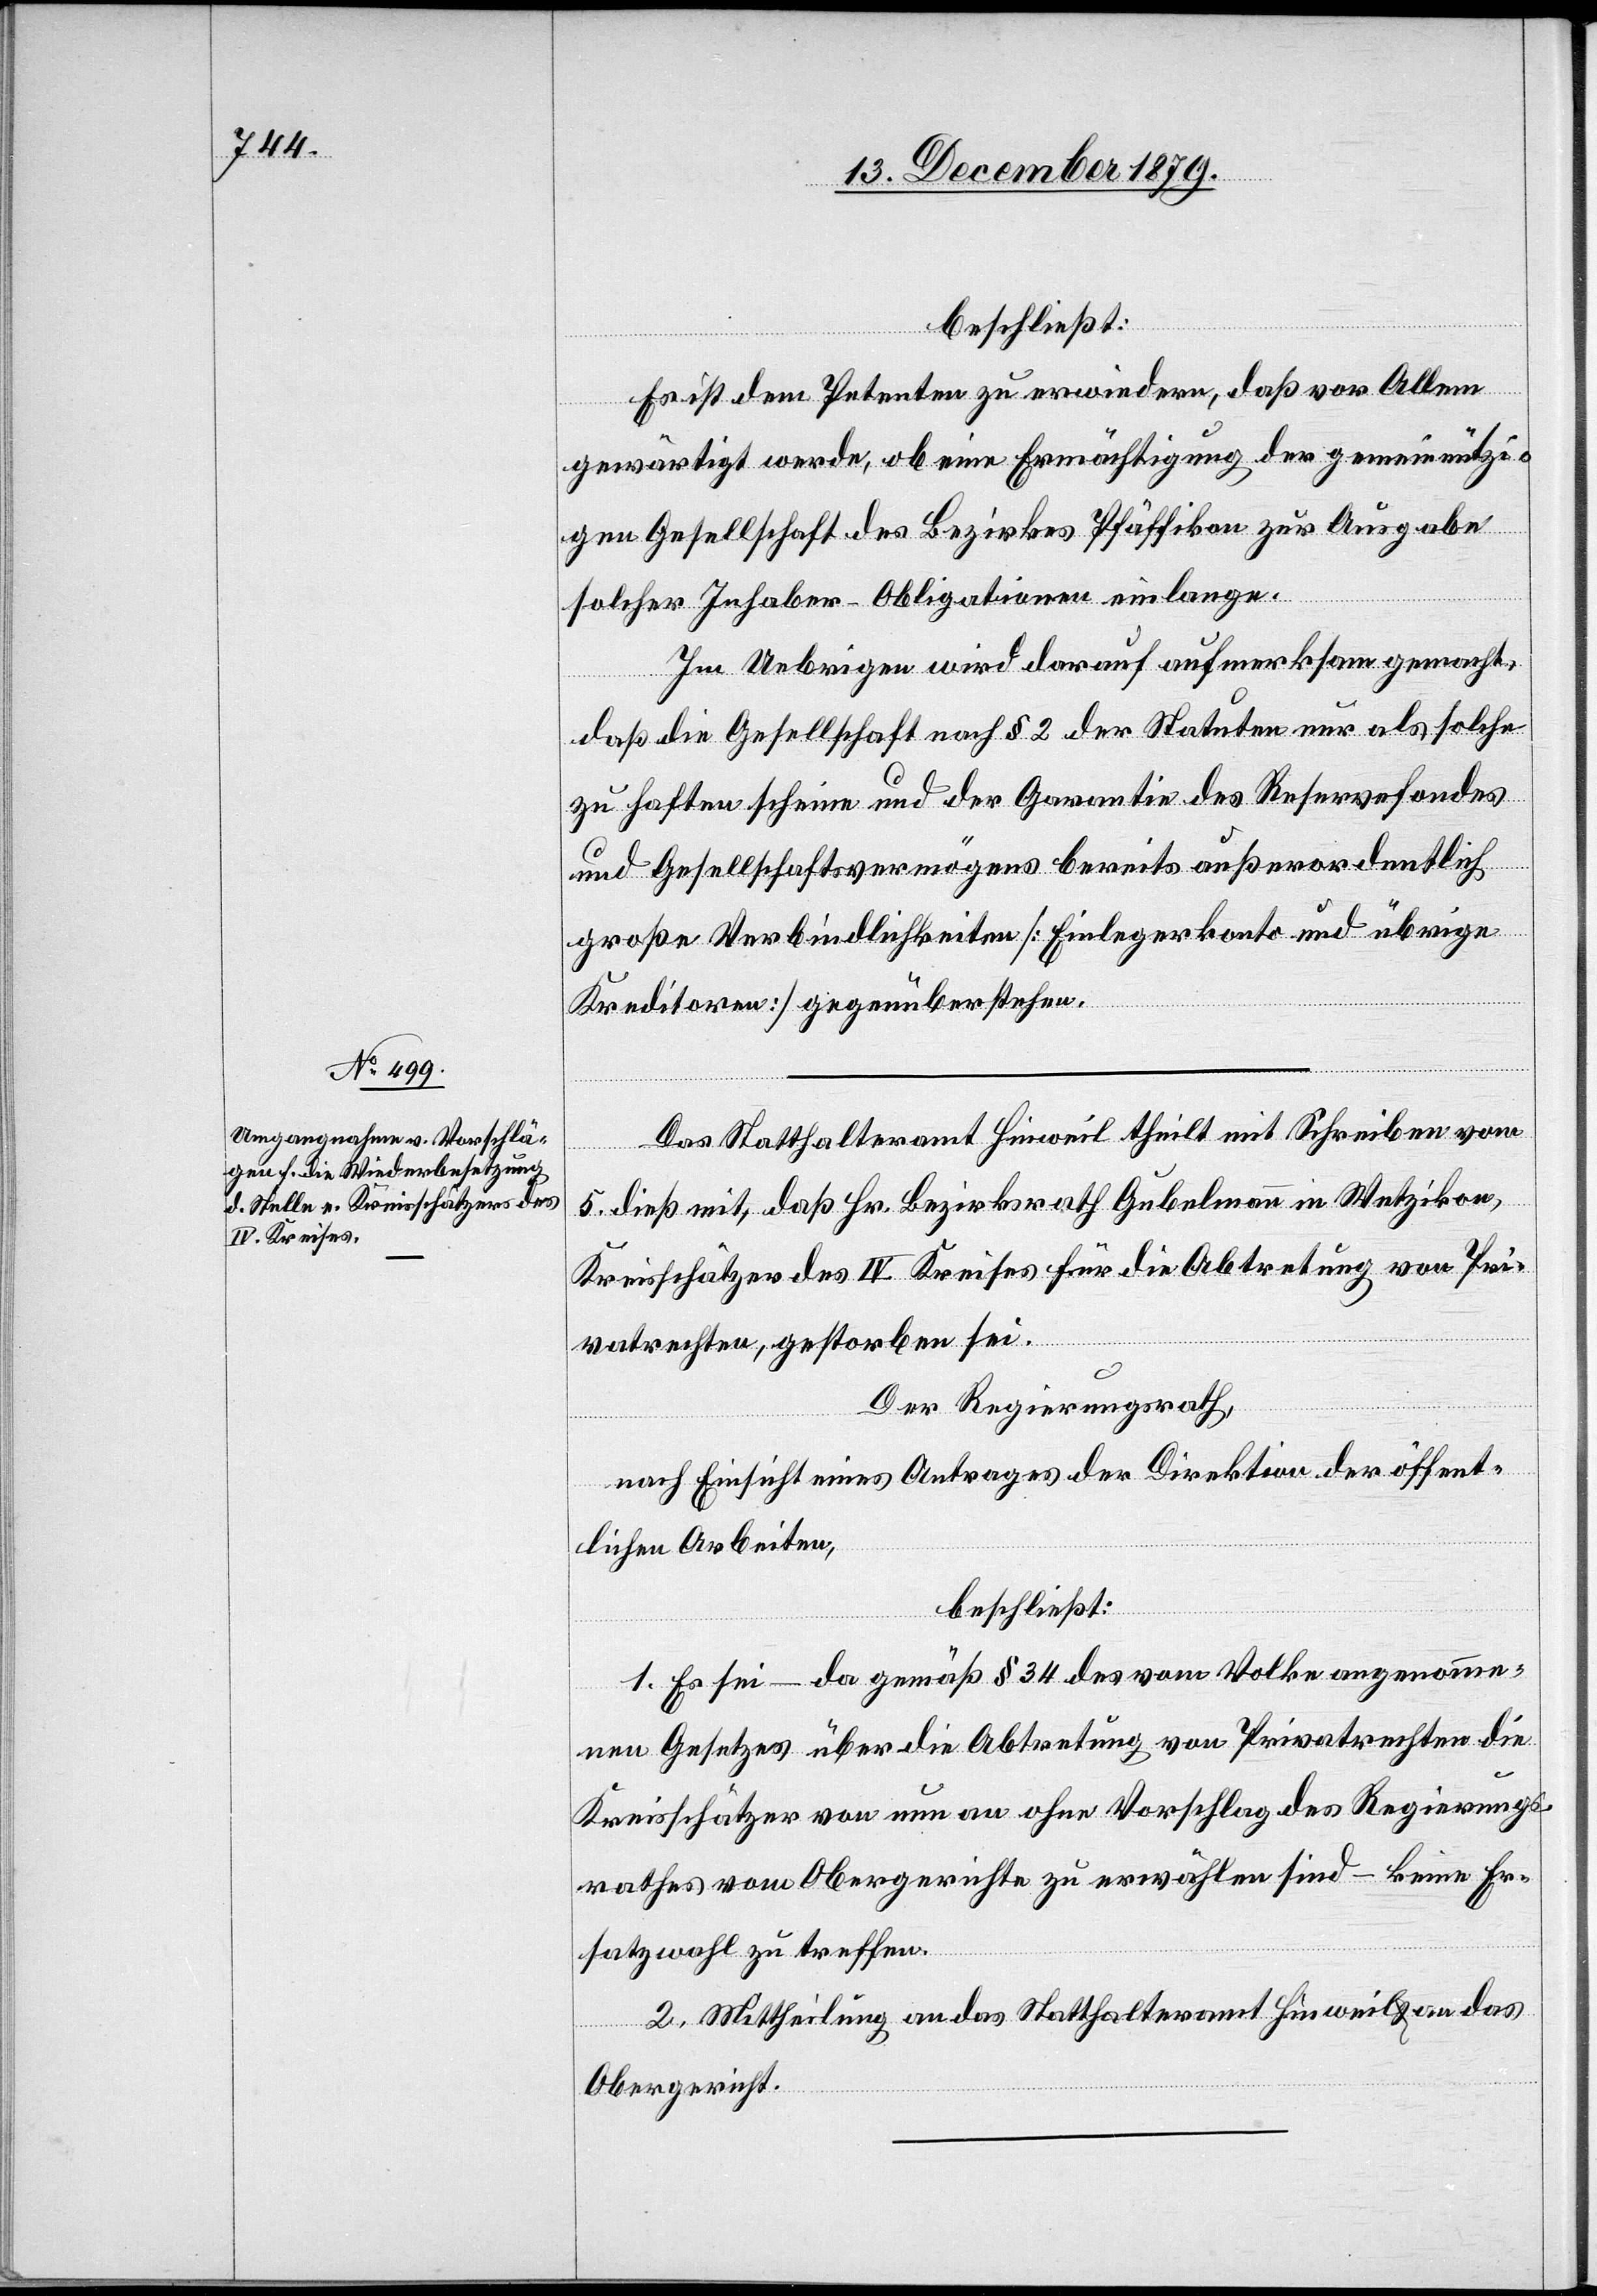
beschließt:
Es ist dem Petenten zu erwiedern, daß vor Allem
gewärtigt werde, ob eine Ermächtigung der gemeinnützi¬
gen Gesellschaft des Bezirkes Pfäffikon zur Ausgabe
solcher Inhaber-Obligationen einlange.
Im Uebrigen wird darauf aufmerksam gemacht,
daß die Gesellschaft nach § 2 der Statuten nur als solche
zu haften scheine und der Garantie des Reservefondes
und Gesellschaftsvermögens bereits außerordentlich
große Verbindlichkeiten [Einlegerkonto und übrige
Kreditoren] gegenüberstehen.
Das Statthalteramt Hinweil theilt mit Schreiben vom
5. dieß mit, daß Hr. Bezirksrath Gubelmann in Wetzikon,
Kreisschätzer des IV. Kreises für die Abtretung von Pri¬
vatrechten, gestorben sei.
Der Regierungsrath,
nach Einsicht eines Antrages der Direktion der öffent¬
lichen Arbeiten,
beschließt:
1. Es sei – da gemäß § 34 des vom Volke angenomme¬
nen Gesetzes über die Abtretung von Privatrechten die
Kreisschätzer von nun an ohne Vorschlag des Regierungs¬
rathes vom Obergerichte zu erwählen sind – keine Er¬
satzwahl zu treffen.
2. Mittheilung an das Statthalteramt Hinweil & an das
Obergericht.